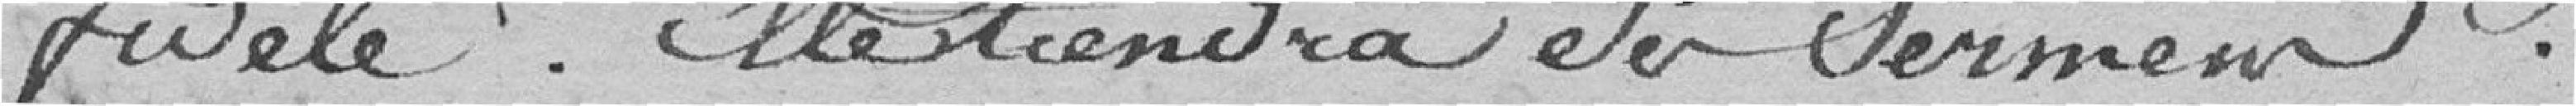
fidèle. Elle tiendra ce serment.